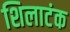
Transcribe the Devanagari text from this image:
शिलाटंक